Indian journal of veterinary science and animal husbandry - Volumes 15-17, 1948-1951
Year: 1948
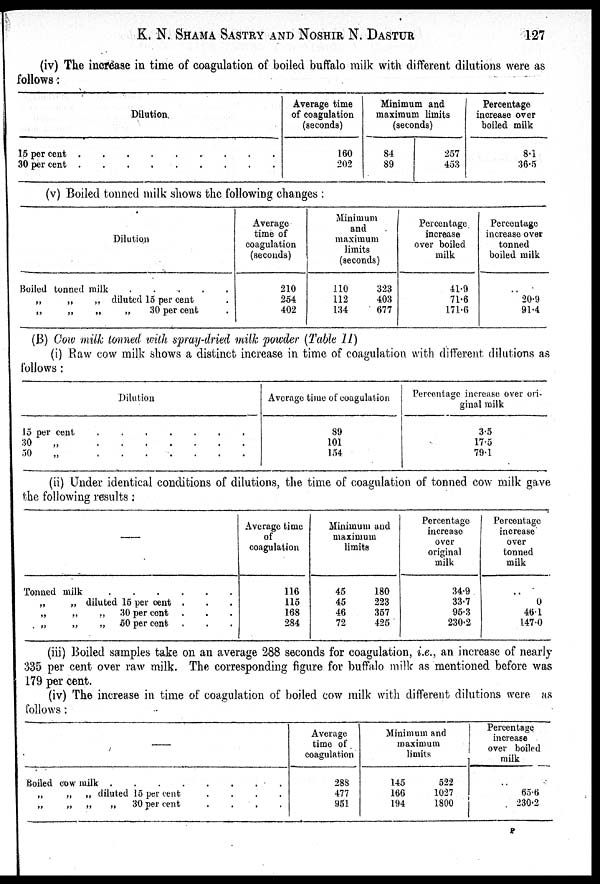
K. N. SHAMA SASTRY AND NOSHIR N.
DASTUR
127
(iv) The increase in time of coagulation of boiled buffalo milk with different dilutions were as
follows:
Dilution.
15 per cent
.
.
.
.
.
.
.
.
.
30 per cent . . . . . . . . .
Average time
of coagulation
(seconds)
160
202
Minimum and
maximum limits
(seconds)
84
89
257
453
Percentage
increase over
boiled milk
8.1
36.5
(v) Boiled tonned milk shows the following changes :
Dilution
Boiled tonned milk
.
.
.
.
.
„
„
„
diluted 15 per cent .
„
„
„
„
30 per cent .
Average
time of
coagulation
(seconds)
210
254
402
Minimum
and
maximum
limits
(seconds)
110
112
134
323
403
677
Percentage
increase
over boiled
milk
41.9
71.6
171.6
Percentage
increase over
tonned
boiled milk
. .
20.9
91.4
(B) Cow milk tonned with spray-dried milk powder (Table II)
(i) Raw cow milk shows a distinct increase in time of coagulation with different dilutions as
follows :
Dilution
15 per cent
.
.
.
.
.
.
.
30
„
.
.
.
.
.
.
.
50
„
.
.
.
.
.
.
.
Average time of coagulation
89
101
154
Percentage increase over ori-
ginal milk
3.5
17.5
79.1
(ii) Under identical conditions of dilutions, the time of coagulation of tonned cow milk gave
the following results :
–––
Tonned milk
.
.
.
.
.
.
.
„
„ diluted 15 per cent .
„
„
„
30 per cent
„
„
„
50 per cent
Average time
of
coagulation
116
115
168
284
Minimum and
maximum
limits
45
45
46
72
180
223
357
425
Percentage
increase
over
original
milk
34.9
33.7
95.3
230.2
Percentage
increase
over
tonned
milk
. .
0
46.1
147.0
(iii) Boiled samples take on an average 288 seconds for coagulation, i.e., an increase of nearly
335 per cent over raw milk. The corresponding figure for buffalo milk as mentioned before was
179 per cent.
(iv) The increase in time of coagulation of boiled cow milk with different dilutions were as
follows:
—
Boiled cow milk . . . . . . . . . . . . . . . .
„
„
„
diluted 15 per cent
.
.
.
.
„
„
„
„
30 per cent
.
.
.
.
Average
time of
coagulation
288
477
951
Minimum and
maximum
limits
145
166
194
522
1027
1800
Percentage
increase
over boiled
milk
65.6
230.2
P